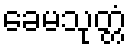
ခေမသုတ္တံ